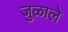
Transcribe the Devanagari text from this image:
जुळाले